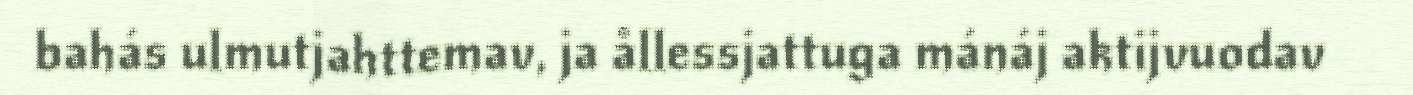
bahás ulmutjahttemav, ja ållessjattuga mánáj aktijvuodav